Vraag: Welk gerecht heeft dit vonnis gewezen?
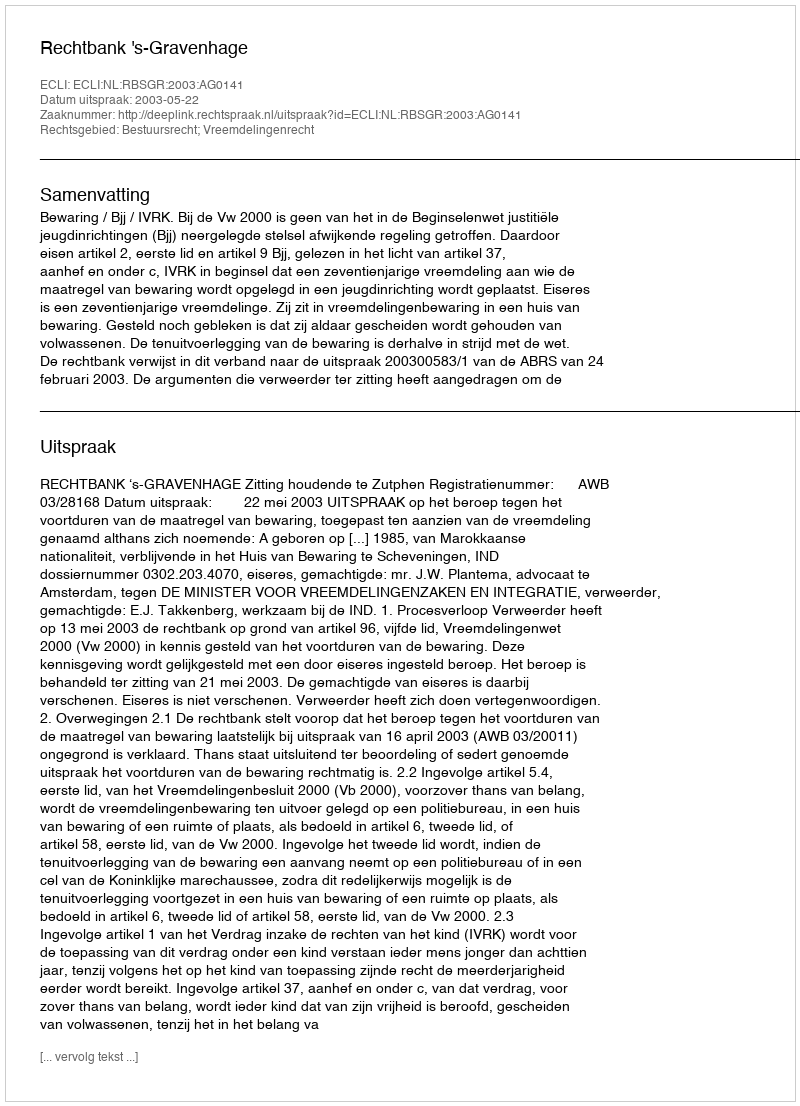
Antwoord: Rechtbank 's-Gravenhage